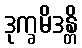
ဒုက္ခမိဒန္တိ